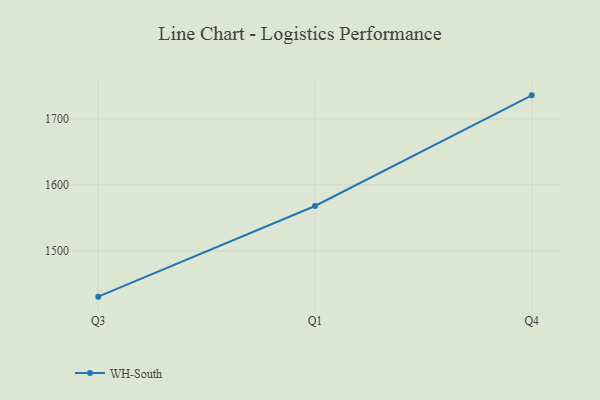
{"axis": {"x": "Quarter", "y": "Market Share (%)"}, "legend": ["WH-South"], "data": [{"x": "Q3", "y": 1430.9, "type": "WH-South"}, {"x": "Q1", "y": 1568.1, "type": "WH-South"}, {"x": "Q4", "y": 1735.5, "type": "WH-South"}]}